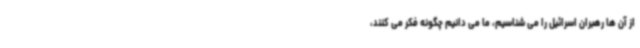
از آن ها رهبران اسرائیل را می شناسیم، ما می دانیم چگونه فکر می کنند،